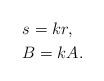
LaTeX: \begin{align*}&s=kr, \\&B=kA. \end{align*}